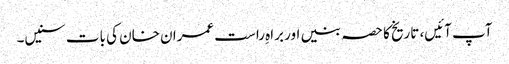
آپ آئیں، تاریخ کا حصہ بنیں اور براہِ راست عمران خان کی بات سنیں۔